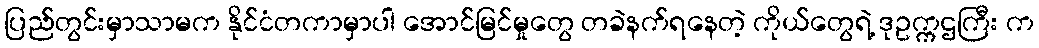
ပြည်တွင်းမှာသာမက နိုင်ငံတကာမှာပါ အောင်မြင်မှုတွေ တခဲနက်ရနေတဲ့ ကိုယ်တွေရဲ့ ဒုဥက္ကဌကြီး က